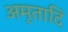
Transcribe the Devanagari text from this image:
अमृतादि